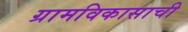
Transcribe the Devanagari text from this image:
ग्रामविकासाची